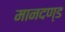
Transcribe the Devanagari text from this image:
मानदण्‍ड